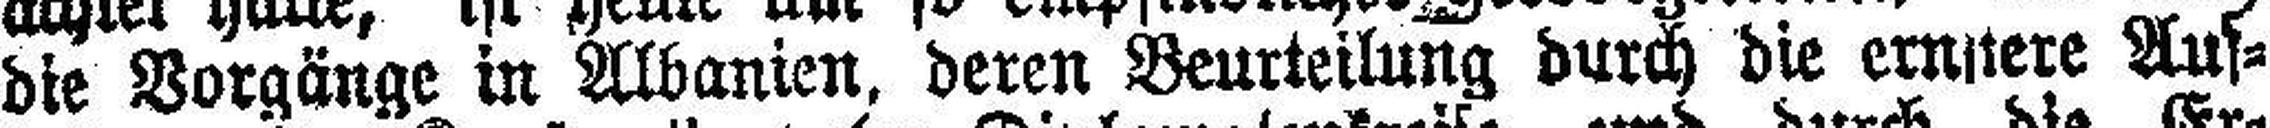
die Vorgänge in Albanien, deren Beurteilung durch die ernnere Aus¬